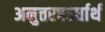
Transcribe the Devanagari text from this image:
अनुत्तरषऽर्धार्थ